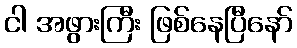
ငါ အဖွားကြီး ဖြစ်နေပြီနော်